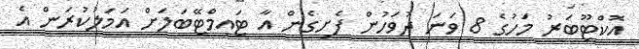
އޮކްޓޫބަރު މަހުގެ 8 ވަނަ ދުވަހުން ފެށިގެން އާ ޓައިމްޓޭބަލަށް އަމަލުކުރަން އެ